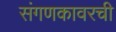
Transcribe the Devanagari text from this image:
संगणकावरची